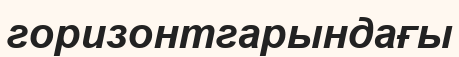
горизонтгарындағы